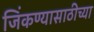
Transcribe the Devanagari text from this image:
जिंकण्यासाठीच्या